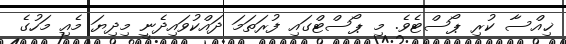
ޚިއްސާ ކުރި ޕޯސްޓެވެ. މި ޕޯސްޓްގައި ފުރަތަމަ ދައްކުވައިދެނީ މިދިޔަ މެއި މަހުގެ